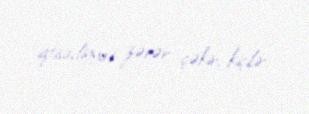
iqtisadiyyat zərər çəkir, kiçilir.